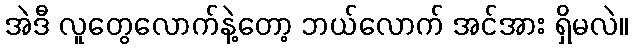
အဲဒီ လူတွေလောက်နဲ့တော့ ဘယ်လောက် အင်အား ရှိမလဲ။